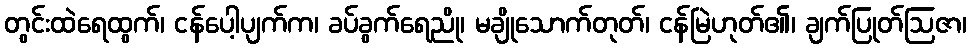
တွင်းထဲရေထွက်၊ ငန်ပေါ့ပျက်က၊ ခပ်ခွက်ရေညို၊ မချိုသောက်တုတ်၊ ငန်မြဲဟုတ်၏၊ ချက်ပြုတ်ဩဇာ၊